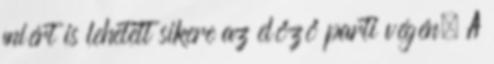
miért is lehetett sikere az előző parti végén. A